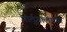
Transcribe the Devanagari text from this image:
पोर्तुगालाच्या